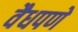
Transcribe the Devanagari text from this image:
वैधपणे